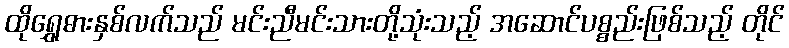
ထိုရွှေဓားနှစ်လက်သည် မင်းညီမင်းသားတို့သုံးသည့် အဆောင်ပစ္စည်းဖြစ်သည့် တိုင်